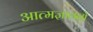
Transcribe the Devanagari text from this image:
आत्मज्ञाननो